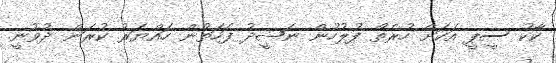
ކާކު ސީޕީ އަކަށް ހުރެތޯ ފުލުހުން ނަޝީދު ފަހަތުން ހައްޔަރު ކުރަން ދުވުނީ.